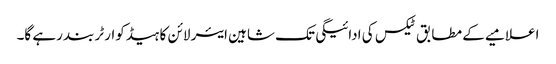
اعلامیے کے مطابق ٹیکس کی ادائیگی تک شاہین ایئر لائن کا ہیڈکوارٹر بند رہے گا۔